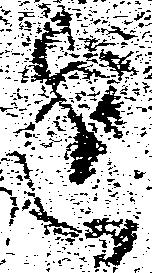
進